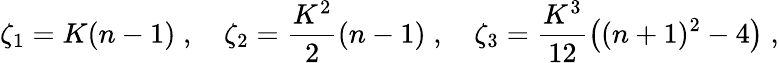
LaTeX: \zeta_{1}=K(n-1)\; ,\quad\zeta_{2}=\frac{K^{2}}{2}(n-1)\; ,\quad\zeta_{3}=\frac{K^{3}}{12}\big((n+1)^{2}-4\big)\; ,